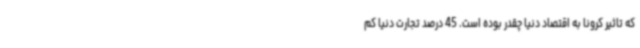
که تاثیر کرونا به اقتصاد دنیا چقدر بوده است. 45 درصد تجارت دنیا کم